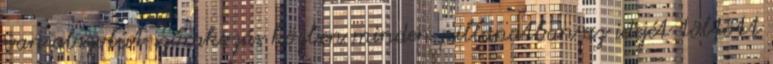
van abszolút szórakozás közben minden pillanatban az idejét töltött